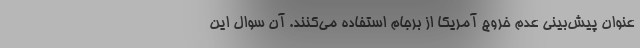
عنوان پیش‌بینی عدم خروج آمریکا از برجام استفاده می‌کنند. آن سوال این